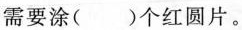
需要涂()个红圆片。